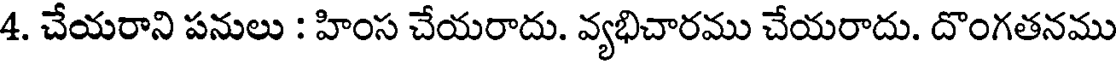
4. చేయరాని పనులు : హింస చేయరాదు. వ్యభిచారము చేయరాదు. దొంగతనము